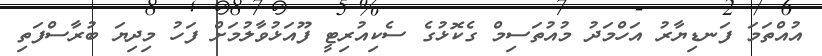
އުއްތަމަ ފަނޑިޔާރު އަހްމަދު މުއުތަސިމް ގެކޮޅުގެ ސެކިއުރިޓީ ފޫއަޅުވާލުމަށް ފަހު މިދިޔަ ބުރާސްފަތި